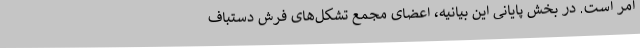
امر است. در بخش پایانی این بیانیه، اعضای مجمع تشکل‌های فرش دستباف